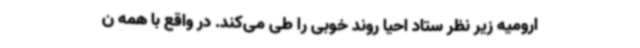
ارومیه زیر نظر ستاد احیا روند خوبی را طی می‌کند. در واقع با همه ن